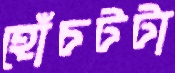
হোঁচটটা